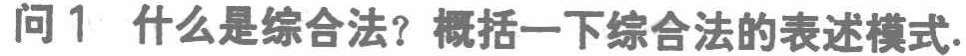
问 1 什么是综合法？概括一下综合法的表述模式.